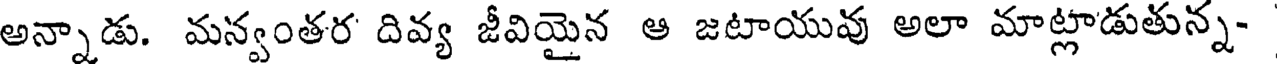
అన్నాడు. మన్వంతర దివ్య జీవియైన ఆ జటాయువు అలా మాట్లాడుతున్న-